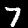
Label: 7